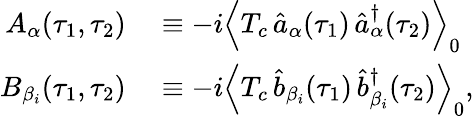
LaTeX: \begin{array}{rl}{A_{\alpha}(\tau_{1},\tau_{2})}&{{}\equiv-i\left\langle T_{c}\, \hat{a}_{\alpha}(\tau_{1})\, \hat{a}_{\alpha}^{\dagger}(\tau_{2})\right\rangle_{0}}\\ {B_{\beta_{i}}(\tau_{1},\tau_{2})}&{{}\equiv-i\left\langle T_{c}\, \hat{b}_{\beta_{i}}(\tau_{1})\, \hat{b}_{\beta_{i}}^{\dagger}(\tau_{2})\right\rangle_{0},}\end{array}